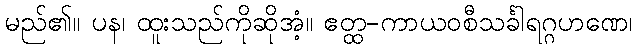
မည်၏။ ပန၊ ထူးသည်ကိုဆိုအံ့။ ဧတ္ထ-ကာယဝစီသင်္ခါရဂ္ဂဟဏေ၊